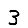
Digit: 3